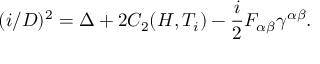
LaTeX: ( i \slash D ) ^ { 2 } = \Delta + 2 C _ { 2 } ( H , T _ { i } ) - { \frac { i } { 2 } } F _ { \alpha \beta } \gamma ^ { \alpha \beta } .